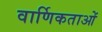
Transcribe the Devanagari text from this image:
वार्णिकताओं